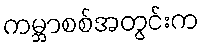
ကမ္ဘာစစ်အတွင်းက